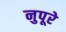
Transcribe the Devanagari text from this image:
नुपूरे